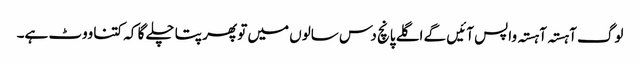
لوگ آہستہ آہستہ واپس آئیں گے اگلے پانچ دس سالوں میں تو پھر پتا چلے گا کہ کتنا ووٹ ہے۔